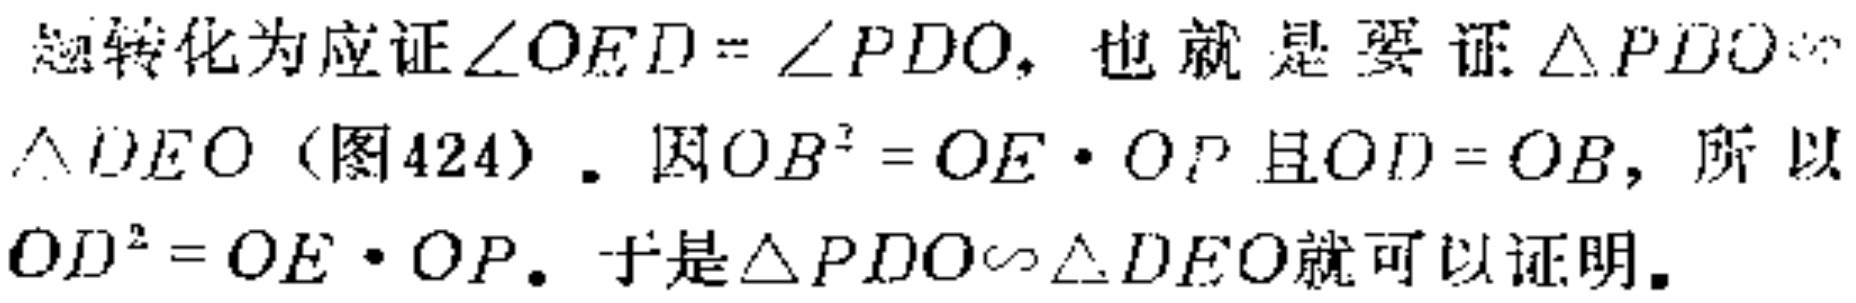
题转化为应证\(\angle OED = \angle PDO\)，也就是要证\(\triangle PDO\sim\)
\(\triangle DEO\)（图424）. 因\(OB^{2}=OE\cdot OP\)且\(OD = OB\)，所以
\(OD^{2}=OE\cdot OP\). 于是\(\triangle PDO\sim\triangle DEO\)就可以证明.